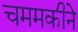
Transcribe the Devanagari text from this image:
चममकीने